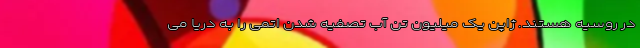
در روسیه هستند. ژاپن یک میلیون تن آب تصفیه شدن اتمی را به دریا می